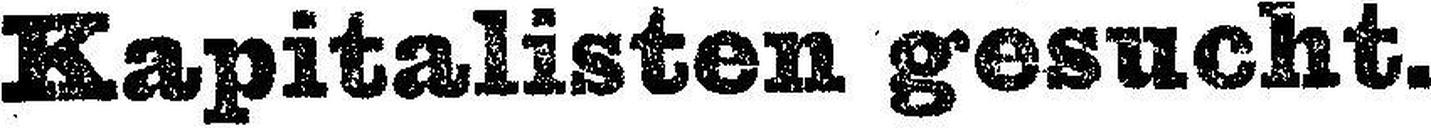
Kapitalisten, gesucht.